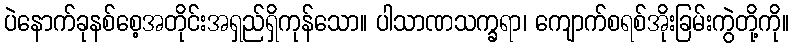
ပဲနောက်ခုနစ်စေ့အတိုင်းအရှည်ရှိကုန်သော။ ပါသာဏသက္ခရာ၊ ကျောက်စရစ်အိုးခြမ်းကွဲတို့ကို။